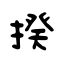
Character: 揆